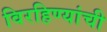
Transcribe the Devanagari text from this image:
विरहिण्यांची